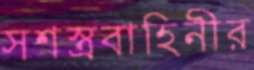
সশস্ত্রবাহিনীর